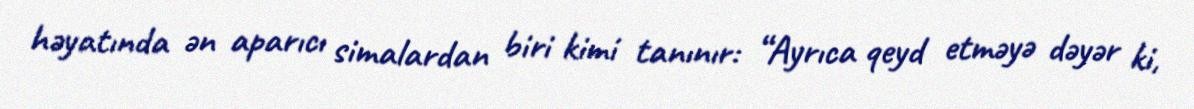
həyatında ən aparıcı simalardan biri kimi tanınır: “Ayrıca qeyd etməyə dəyər ki,